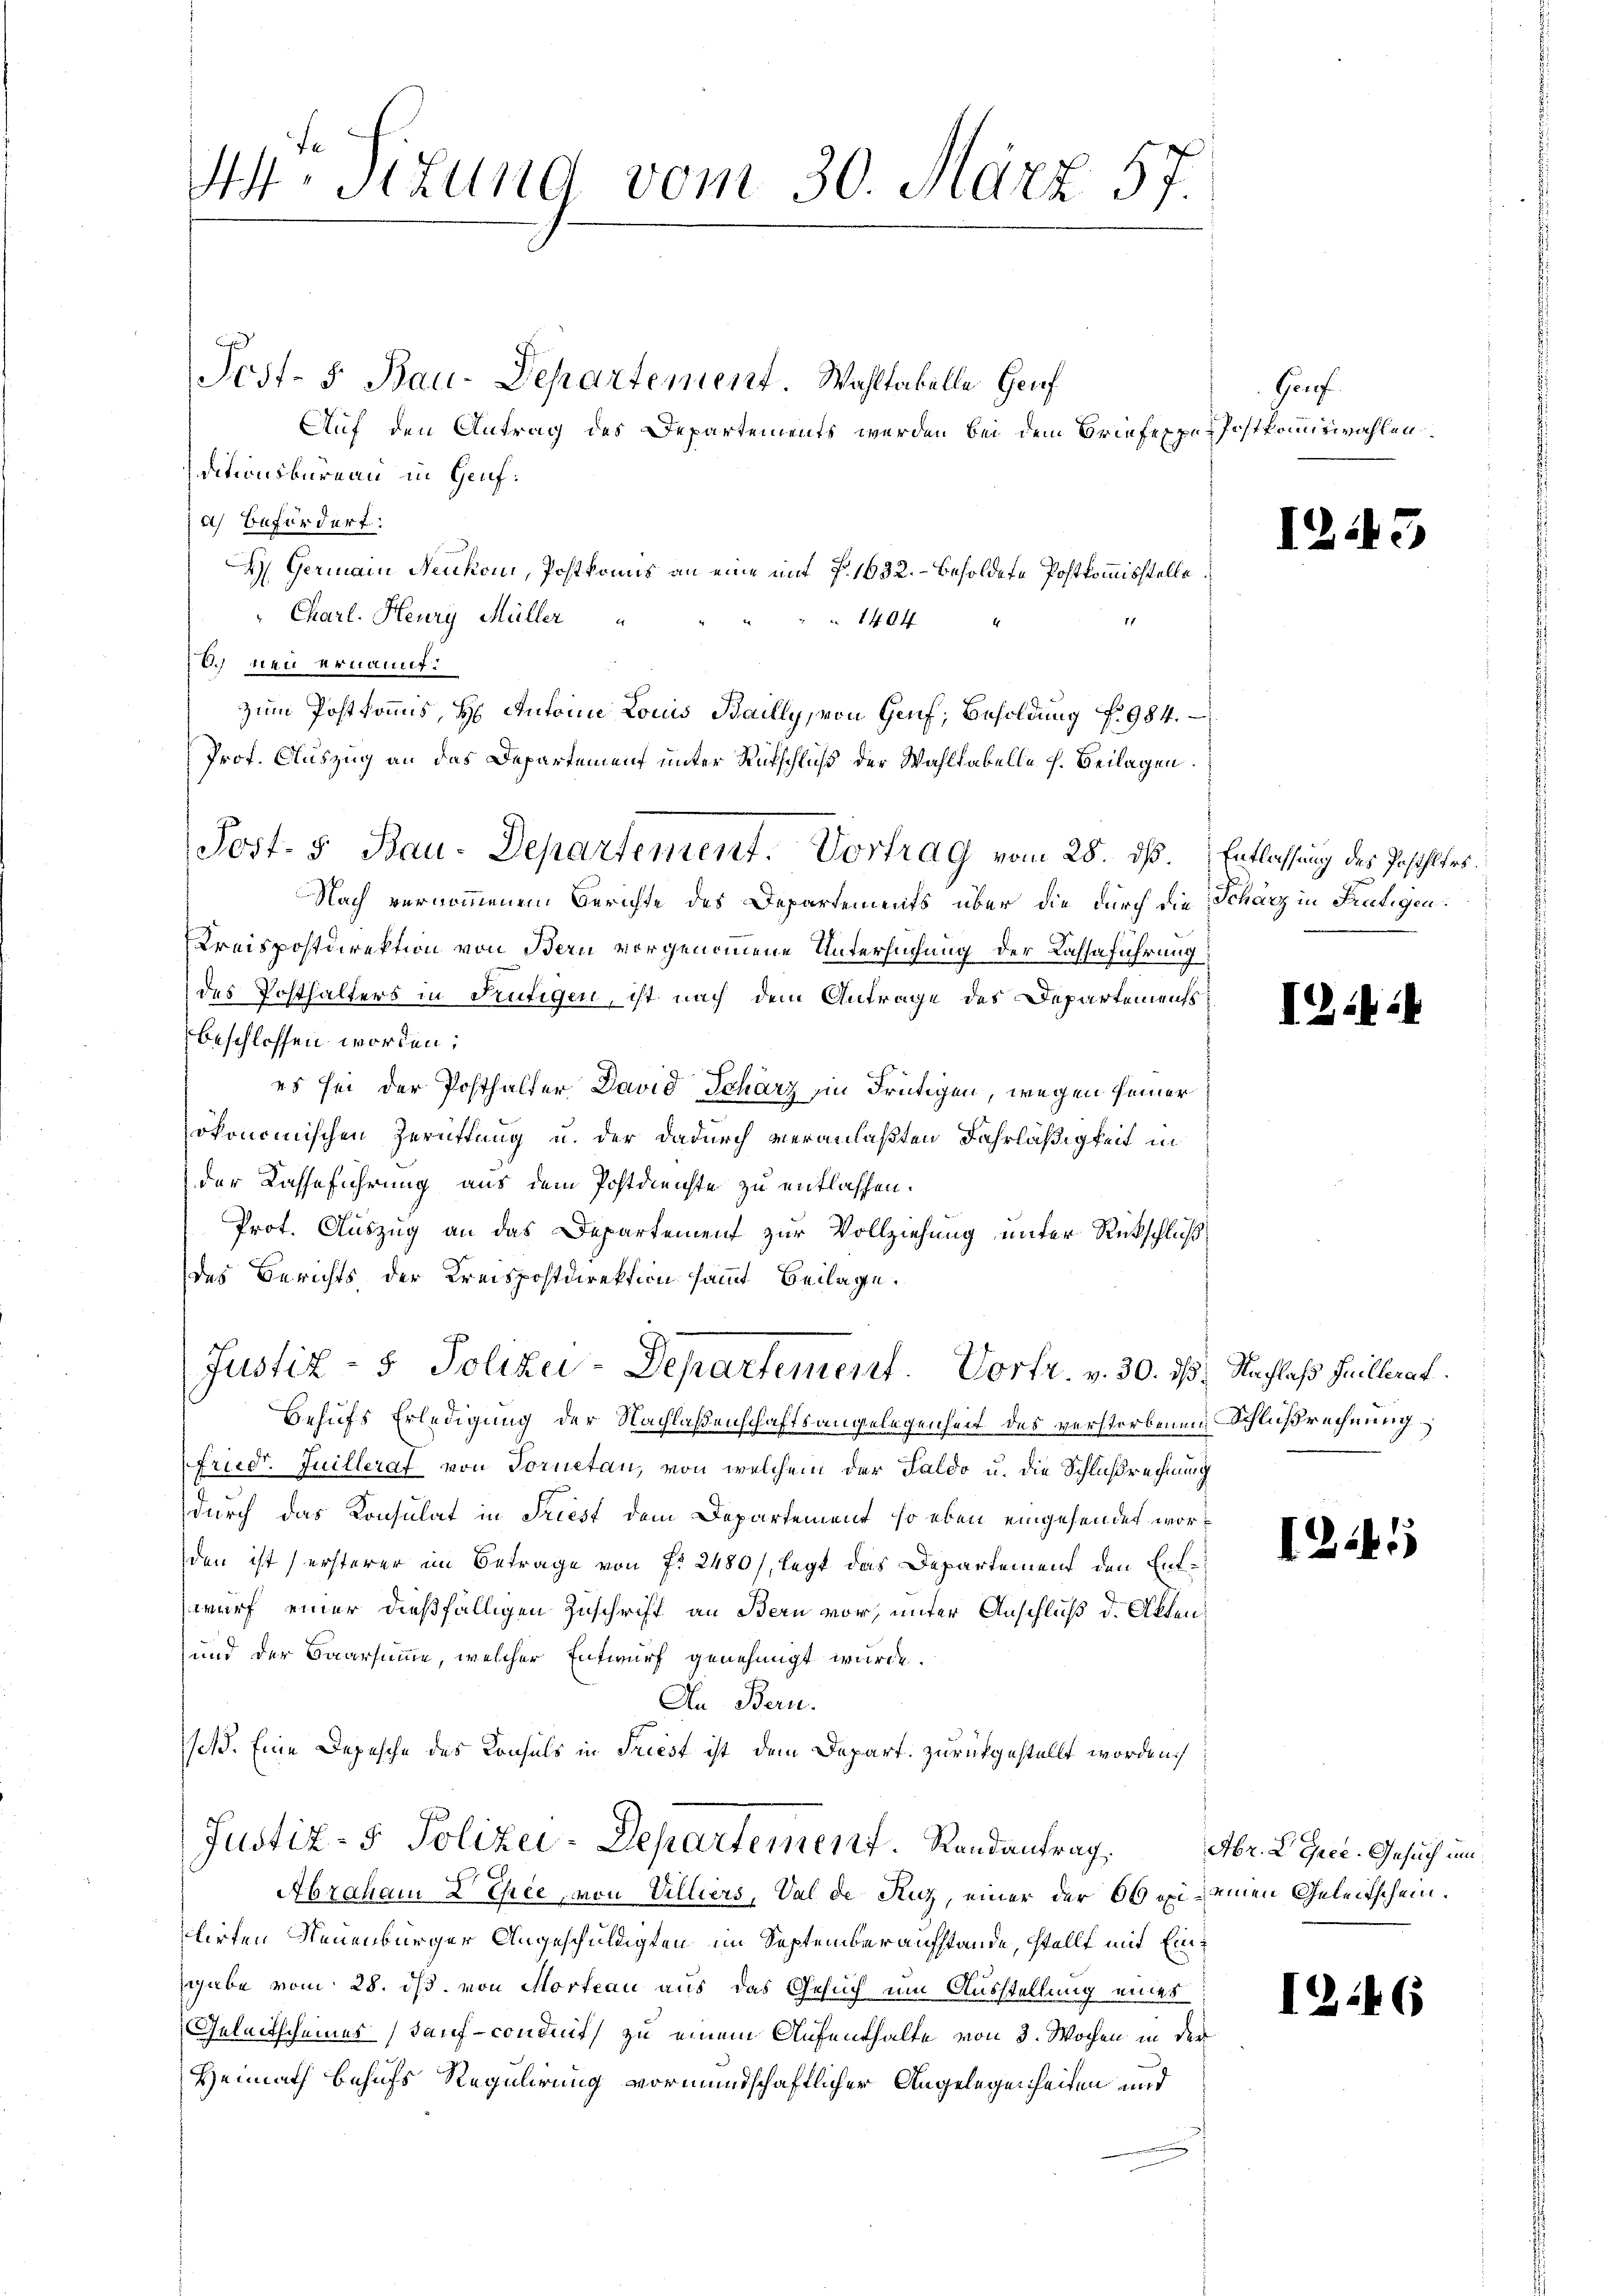
44 Sizung vom 30. März 57.

Post- 5. Bau-Departement. Vortrag vom 25. ds.

Post- 5. Bau-Departement. Wahltabelle Genf
Auf den Antrag des Departements werden bei dem Briefeppe Postkommiswahlen.
ditionsbüreau in Genf.
a) Befördert:
I Germain Neukomi, Postkonis an eine mit f. 1632. – Besoldete Postkommisstelle
Charl. Heury Müller
1404 "
b. neu ernannt.
zum Postkommis, H. Anton Louis Bailly, von Hanf, Besoldung No 984.
Prof. Auszug an das Departement unter Rutschluß der Wahlkabelle h. Beilagen.
Nach vernommenem Berichte des Departements über die durch die Scharz in Frutigen:
Kreispostdirektion von Bern vorgenommene Untersuchung der Lahsaführung
des Posthalters in Kutigen, ist nach dem Antrage des Departements
beschlossen worden:
es sei der Posthalter David Schärz in Frutigen, wegen seiner
ökonomischen Zerüttung u. der dadurch veranlaßten Fahrläßigkeit in
der Kasseführung aus dem Postdienste zu entlassen.
Prot. Auszug an das Departement zur Vollziehung unter Rückschluß
des Berichts der Kreispostdirektion sammt Beilage.
Justiz- & Polizei-Departement. Vortr. v. 30. ds. Nachlaß Juillerat.
Behufs Erledigung der Nachlaßenschaftsangelegenheit des verstorbenen Schlußrechnung
friedr. Juillerat von Tornetan, von welchem der Faldo u. die Schlußrechnung
durch das Konsulat in Friest dem Departement, so eben eingehendet worden ist ersterer im Betrage von f. 2480/, legt das Departement den Entwurf einer dießfälligen Zuschrift an Bern vor, unter Anschluß d. Akten¬
und der Baarsumme, welcher Entwurf genehmigt wurde.
An Bern.
st. Eine Depesche des Konsuls in Friest ist dem Depart. zurückgestellt worden.

Justiz- & Polizei-Departement. Randantrag.

Abraham 2 Thee, von Villiers, Val de Kuz, einer der Ob ein einen Geleitschein.
stirten Neuenburger Angeschuldigten im Septemberaufstande, stellt mit Einsgabe vom 28. ds. von Morteau aus das Gesuch um Ausstellung eines
Geleitscheines Kauf-conduit) zu einem Aufenthalte von 3. Wochen in der
Heimath behufs Regulirung vormundschaftlicher Angelegenheiten und

Gorf

12.

Entlassung des Posthlers.

I2:

1241

Abr. L. Gree-Gesuch um

1

s